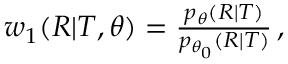
\begin{array} { r } { w _ { 1 } ( R | T , \theta ) = \frac { p _ { \theta } ( R | T ) } { p _ { \theta _ { 0 } } ( R | T ) } \, , } \end{array}